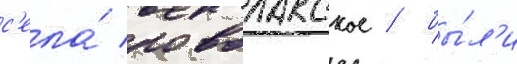
с'ела́ новолакское / бы́л'и